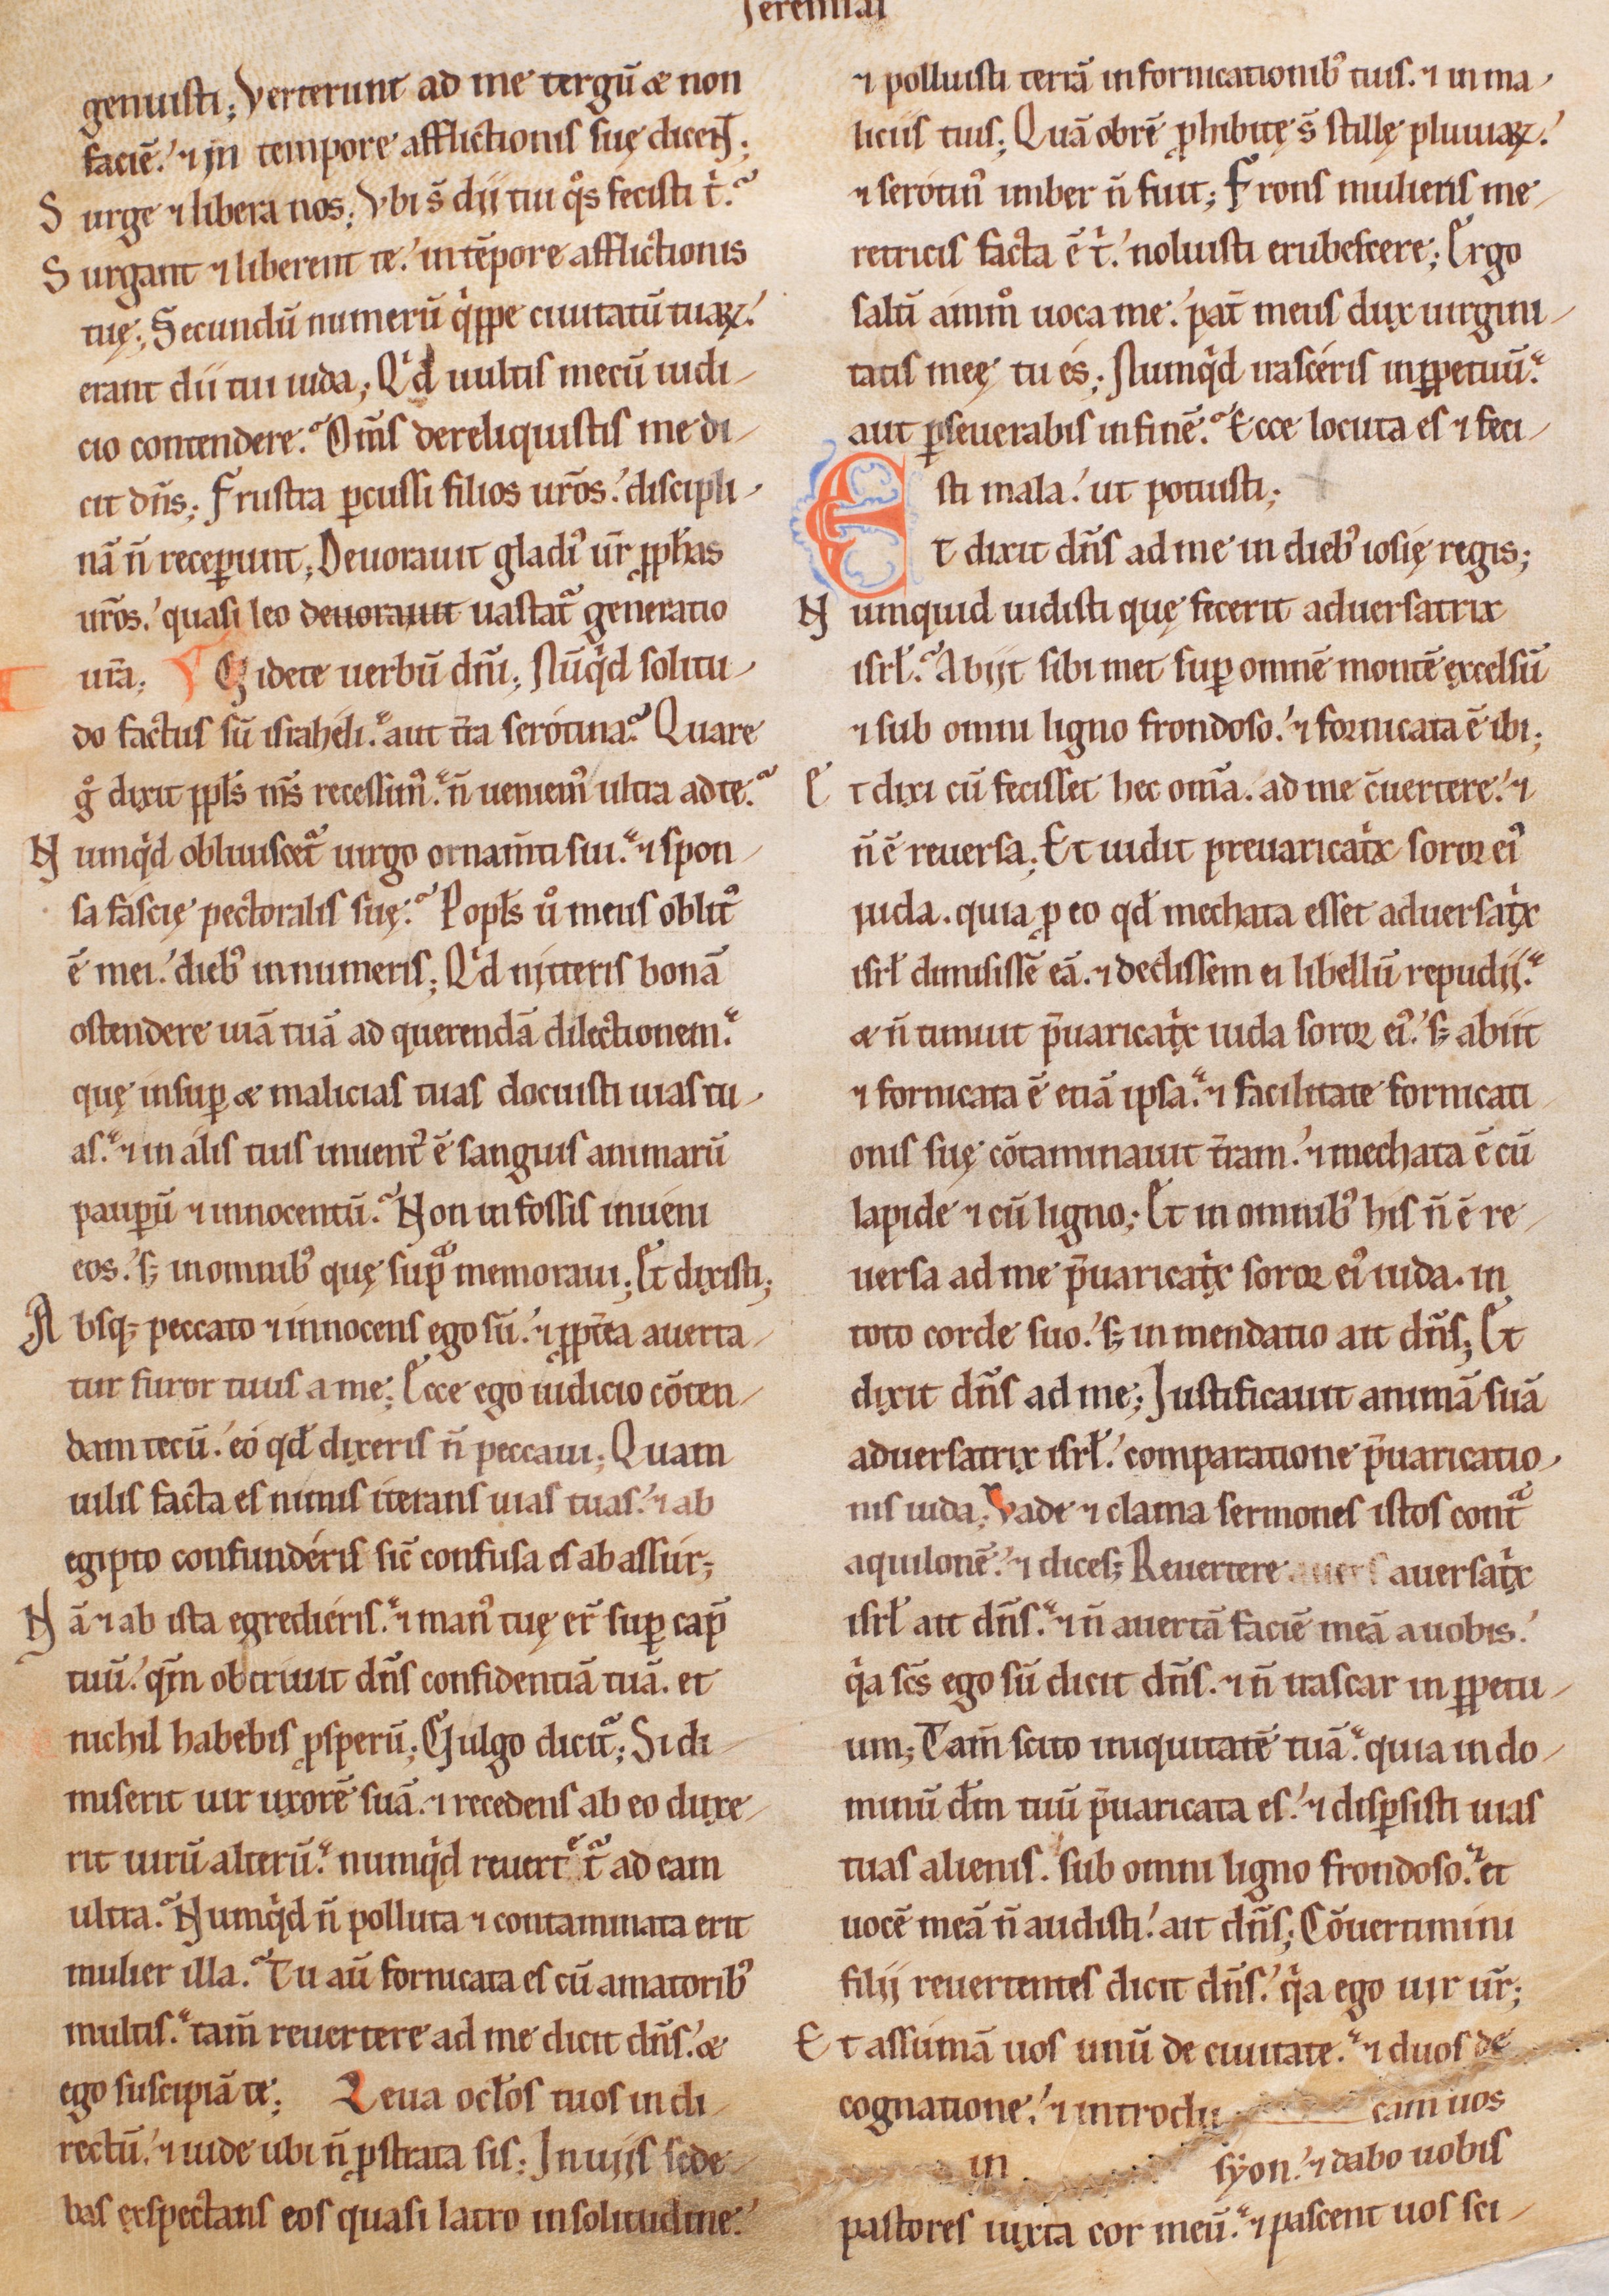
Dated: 1200–1249